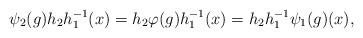
\begin{align*}\psi_2(g)h_2h_1^{-1}(x)=h_2\varphi(g)h_1^{-1}(x)=h_2h_1^{-1}\psi_1(g)(x),\end{align*}